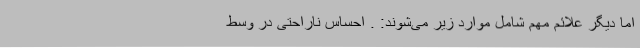
اما دیگر علائم مهم شامل موارد زیر می‌شوند: . احساس ناراحتی در وسط